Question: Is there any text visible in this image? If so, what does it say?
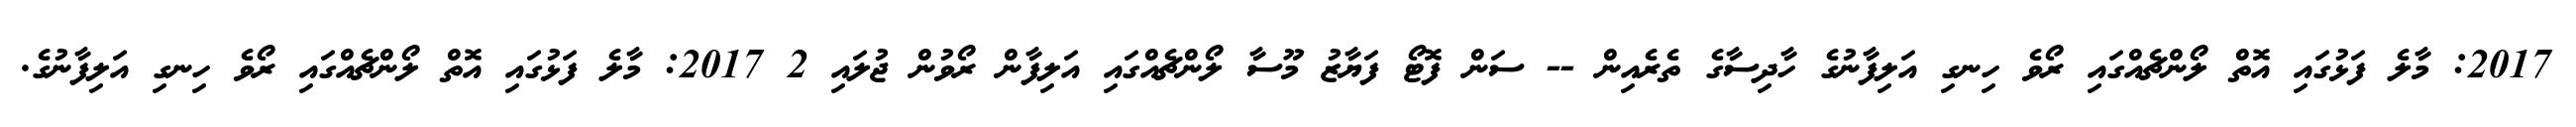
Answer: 2017: މާލެ ފަޅުގައި އޮތް ލޯންޗެއްގައި ރޯވެ ހިނގި އަލިފާނުގެ ހާދިސާގެ ތެރެއިން -- ސަން ފޮޓޯ ފަޔާޒު މޫސާ ލޯންޗެއްގައި އަލިފާން ރޯވުން ޖުލައި 2 2017: މާލެ ފަޅުގައި އޮތް ލޯންޗެއްގައި ރޯވެ ހިނގި އަލިފާނުގެ.